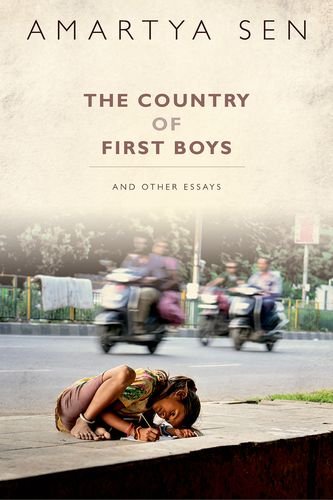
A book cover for The Country of First Boys: And Other Essays; Amartya Sen; Business & Money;